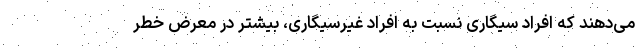
می‌دهند که افراد سیگاری نسبت به افراد غیرسیگاری، بیشتر در معرض خطر